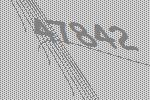
47842